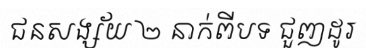
ជនសង្ស័យ ២ នាក់ពីបទ ជួញដូរ